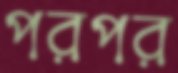
পরপর